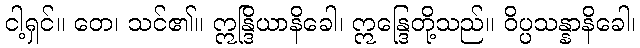
ငါ့ရှင်။ တေ၊ သင်၏။ ဣန္ဒြိယာနိခေါ၊ ဣန္ဒြေတို့သည်။ ဝိပ္ပသန္နာနိခေါ၊